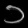
Digit: ၁